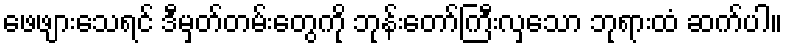
ဖေဖျားသေရင် ဒီမှတ်တမ်းတွေကို ဘုန်းတော်ကြီးလှသော ဘုရားထံ ဆက်ပါ။